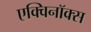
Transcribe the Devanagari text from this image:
एक्विनॉक्स